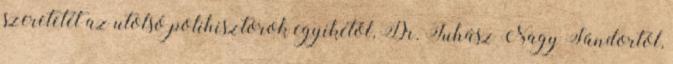
szeretetét az utolsó polihisztorok egyikétől, Dr. Juhász Nagy Sándortól,